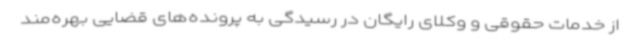
از خدمات حقوقی و وکلای رایگان در رسیدگی به پرونده‌های قضایی بهره‌مند